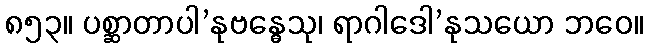
၈၅၃။ ပစ္ဆာတာပါ’နုဗန္ဓေသု၊ ရာဂါဒေါ’နုသယော ဘဝေ။